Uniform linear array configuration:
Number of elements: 8
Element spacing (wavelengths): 1
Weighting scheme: blackman
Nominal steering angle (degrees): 30
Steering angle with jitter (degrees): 28.556
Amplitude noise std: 0.05
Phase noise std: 0.05

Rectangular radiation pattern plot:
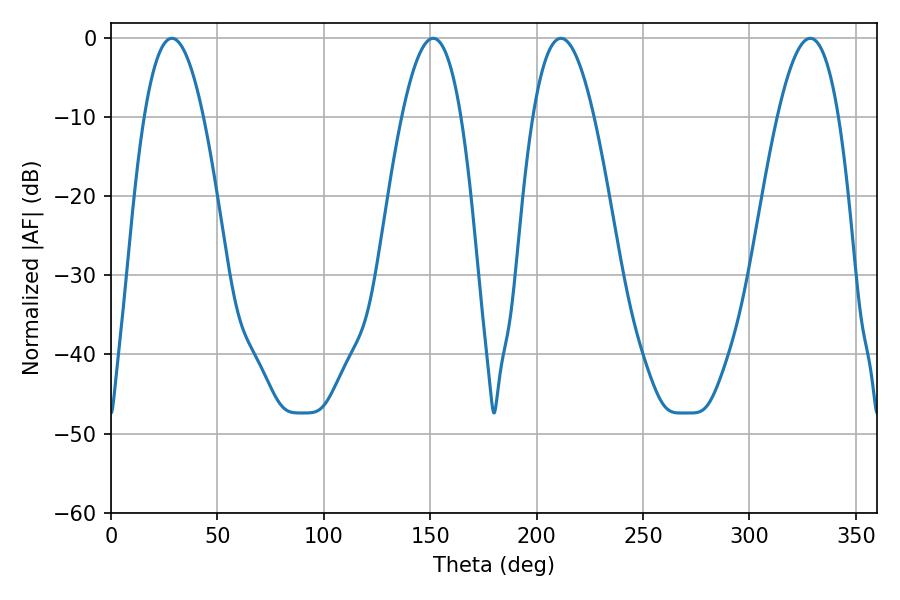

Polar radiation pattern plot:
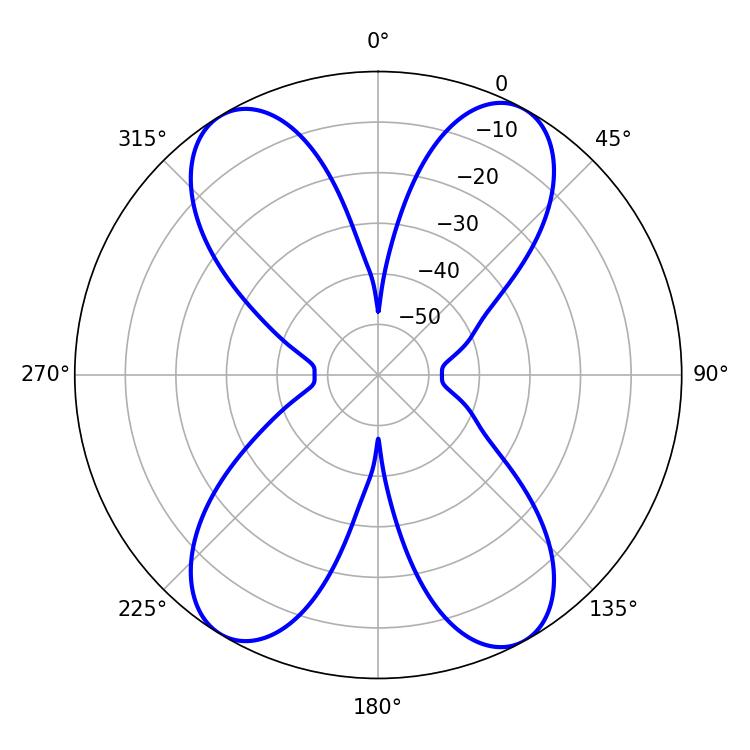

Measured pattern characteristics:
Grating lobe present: TRUE
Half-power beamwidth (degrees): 15.3
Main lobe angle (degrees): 28.62